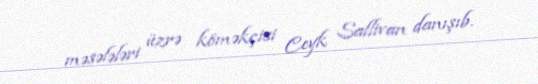
məsələləri üzrə köməkçisi Ceyk Sallivan danışıb.